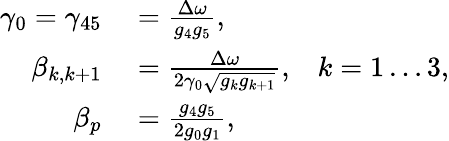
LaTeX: \begin{array}{rl}{\gamma_{0}=\gamma_{45}}&{{}=\frac{\Delta\omega}{g_{4}g_{5}},}\\ {\beta_{k,k+1}}&{{}=\frac{\Delta\omega}{2\gamma_{0}\sqrt{g_{k}g_{k+1}}},\; \; \; k=1\dots 3,}\\ {\beta_{p}}&{{}=\frac{g_{4}g_{5}}{2g_{0}g_{1}},}\end{array}